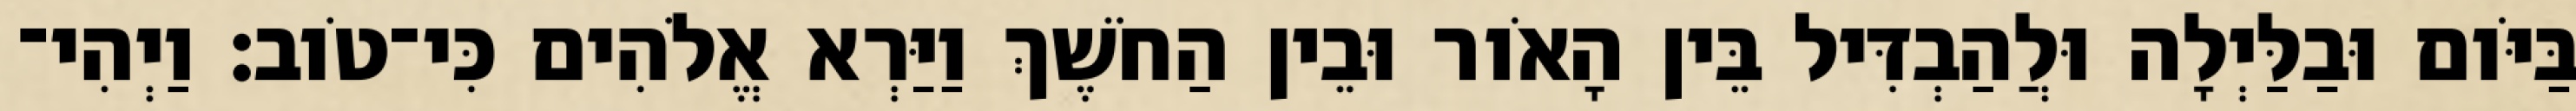
בַּיֹּום וּבַלַּיְלָה וּלֲהַבְדִּיל בֵּין הָאֹור וּבֵין הַחֹשֶׁךְ וַיַּרְא אֱלֹהִים כִּי־טֹוב׃ וַיְהִי־